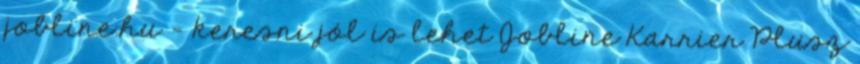
jobline.hu - keresni jól is lehet Jobline Karrier Plusz